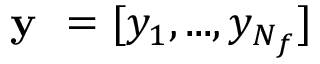
\textbf { y } = [ y _ { 1 } , . . . , y _ { N _ { f } } ]